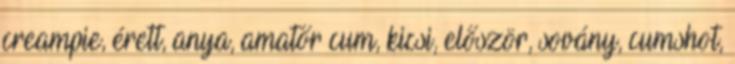
creampie, érett, anya, amatőr cum, kicsi, először, sovány, cumshot,